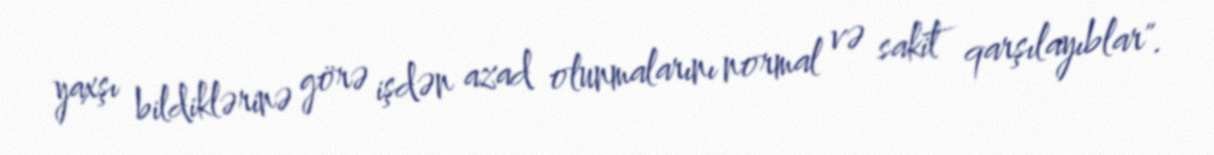
yaxşı bildiklərinə görə işdən azad olunmalarını normal və sakit qarşılayıblar".